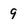
Character: 9